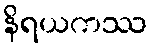
နိရယကဿ